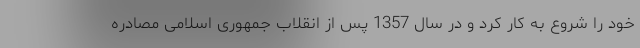
خود را شروع به کار کرد و در سال 1357 پس از انقلاب جمهوری اسلامی مصادره